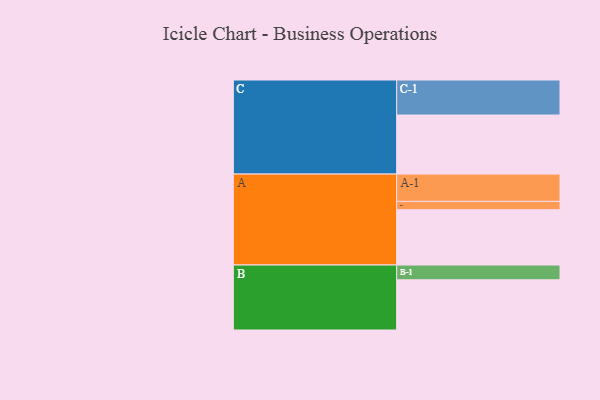
{"axis": {"x": "Segment", "y": "Value"}, "legend": ["", "A", "B", "C"], "data": [{"x": "A", "y": 464, "type": ""}, {"x": "B", "y": 421, "type": ""}, {"x": "C", "y": 495, "type": ""}, {"x": "A-1", "y": 229, "type": "A"}, {"x": "A-2", "y": 70, "type": "A"}, {"x": "B-1", "y": 124, "type": "B"}, {"x": "C-1", "y": 294, "type": "C"}]}